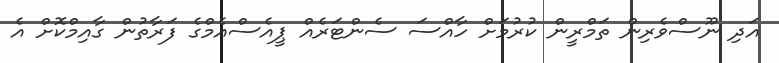
އަދި ނޫސްވެރިން ތަމްރީން ކުރުމަށް ހާއްސަ ސެންޓަރެއް ޕީއެސްއެމްގެ ފަރާތުން ގާއިމްކޮށް އެ